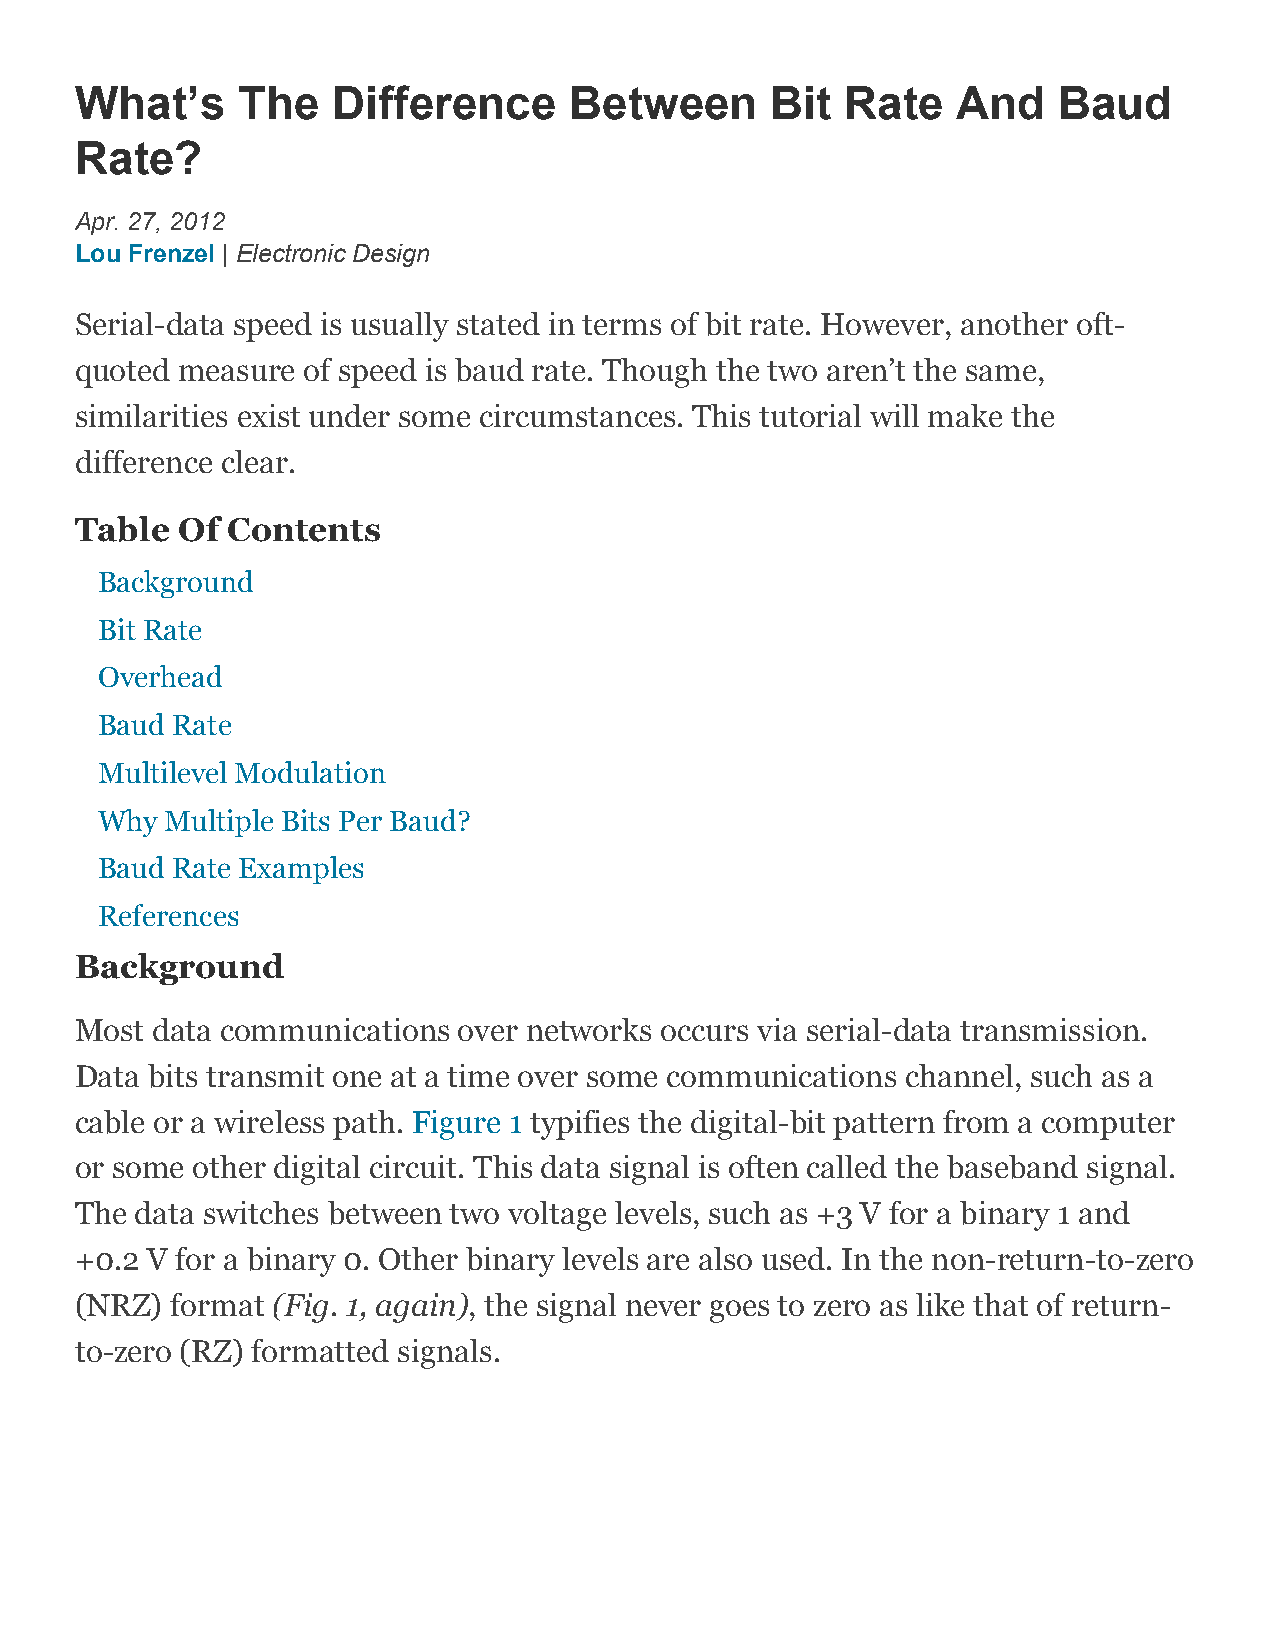
What’s     The   Difference      Between      Bit  Rate   And    Baud
 Rate?
 Apr. 27, 2012
 Lou Frenzel | Electronic Design
 Serial-data speed is usually stated in terms of bit rate. However, another oft-
 quoted measure of speed is baud rate. Though the two aren’t the same,
 similarities exist under some circumstances. This tutorial will make the
 difference clear.
 Table  Of Contents
 Background
 Bit Rate
 Overhead
 Baud Rate
 Multilevel Modulation
 Why  Multiple Bits Per Baud?
 Baud Rate Examples
 References
 Background
 Most data communications over networks occurs via serial-data transmission.
 Data bits transmit one at a time over some communications channel, such as a
 cable or a wireless path. Figure 1 typifies the digital-bit pattern from a computer
 or some other digital circuit. This data signal is often called the baseband signal.
 The data switches between two voltage levels, such as +3 V for a binary 1 and
 +0.2 V for a binary 0. Other binary levels are also used. In the non-return-to-zero
 (NRZ) format (Fig. 1, again), the signal never goes to zero as like that of return-
 to-zero (RZ) formatted signals.